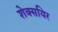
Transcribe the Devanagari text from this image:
शेक्सयिर